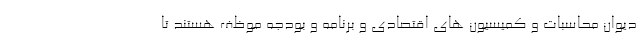
دیوان محاسبات و کمیسیون های اقتصادی و برنامه و بودجه موظف هستند تا